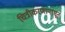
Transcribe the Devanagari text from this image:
चित्रीकरणापासून